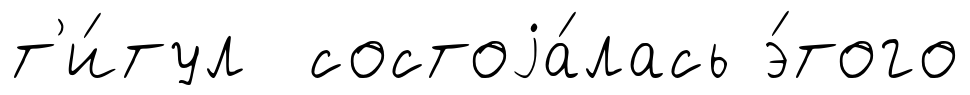
т'и́тул состоjа́лась э́того